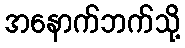
အနောက်ဘက်သို့